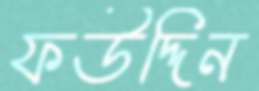
ফউদ্দিন